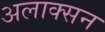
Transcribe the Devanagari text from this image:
अलाक्सन